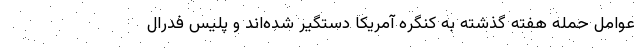
عوامل حمله هفته گذشته به کنگره آمریکا دستگیر شده‌اند و پلیس فدرال